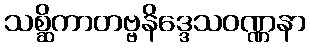
သစ္ဆိကာတဗ္ဗနိဒ္ဒေသဝဏ္ဏနာ